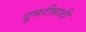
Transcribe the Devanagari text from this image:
ठुमरीसाठी